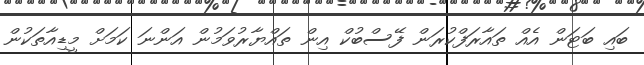
ބައި ބަޓަން އެއް ތައާރަފްކުރަން ފޭސްބުކް އިން ތައްޔާރުވަމުން އަންނަ ކަމަށް މީޑިއާތަކުން